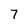
Character: 7